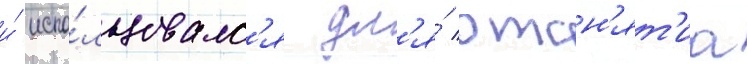
и́ испо́льзовалс'я дл'я́ отсн'ят'иа